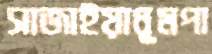
সাজাইয়াধূমপা